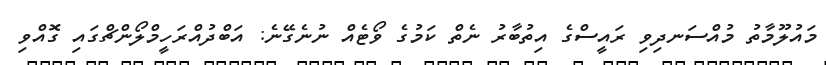
މައުލޫމާތު މުއްސަނދިވި ރައީސްގެ އިތުބާރު ނެތް ކަމުގެ ވޯޓެއް ނުނެގޭނެ: އަބްދުއްރަހީމްލޯންޗްގައި ގޮއްވި